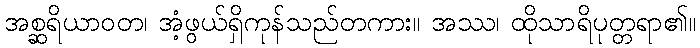
အစ္ဆရိယာဝတ၊ အံ့ဖွယ်ရှိကုန်သည်တကား။ အဿ၊ ထိုသာရိပုတ္တရာ၏။